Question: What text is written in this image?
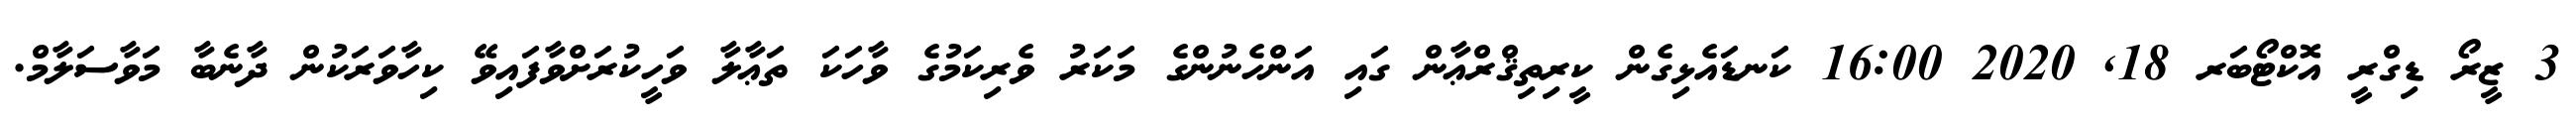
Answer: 3 ޒީރޯ ޑިގްރީ އޮކްޓޯބަރ 18, 2020 16:00 ކަނޑައެޅިގެން ކީރިތިޤްރްޢާން ގައި އަންހެނުންގެ މަކަރު ވެރިކަމުގެ ވާހަކަ ތަޢާލާ ވަހީކުރަށްވާފައިވޭ ކިހާވަރަކުން ދާނެބާ މަވާސަލާމް.